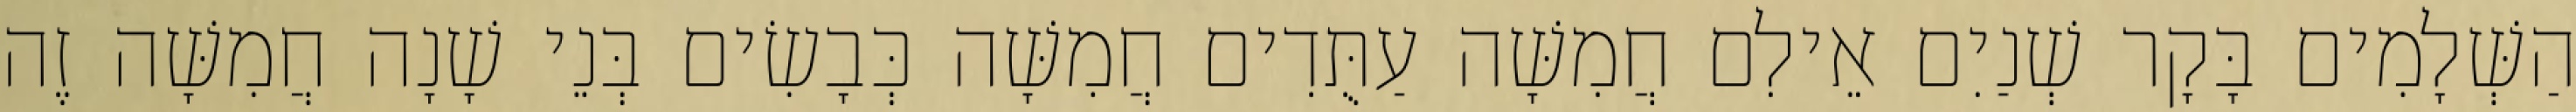
הַשְּׁלָמִים בָּקָר שְׁנַיִם אֵילִם חֲמִשָּׁה עַתֻּדִים חֲמִשָּׁה כְּבָשִׂים בְּנֵי שָׁנָה חֲמִשָּׁה זֶה